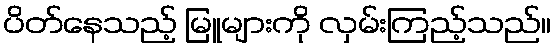
ပိတ်နေသည့် မြူများကို လှမ်းကြည့်သည်။